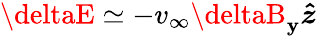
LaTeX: \boldsymbol{\deltaE}\simeq-v_{\infty}\deltaB_{\mathbf{y}}\boldsymbol{\hat{{z}}}